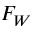
F _ { W }